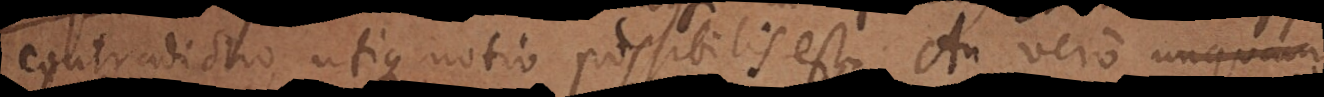
contradictio, utique notio possibilis est. An vero unquam